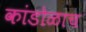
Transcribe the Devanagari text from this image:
कांडोळाच